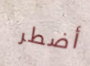
أضطر